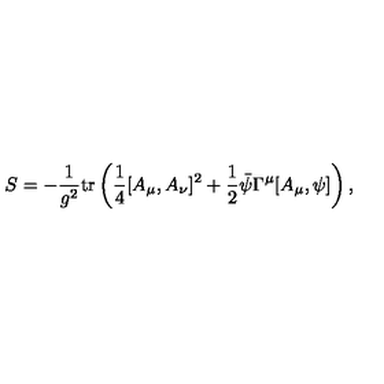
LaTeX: S = - \frac { 1 } { g ^ { 2 } } \mathrm { t r } \left( \frac { 1 } { 4 } [ A _ { \mu } , A _ { \nu } ] ^ { 2 } + \frac { 1 } { 2 } \bar { \psi } \Gamma ^ { \mu } [ A _ { \mu } , \psi ] \right) ,